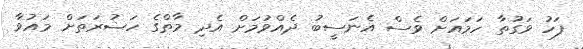
ފަހު ވަގުތާ ހަމައަށް ވެސް އެނަސީބު ދެއްވުމަށް އެދި މާތްގެ ހަޟުރަތަށް މައުވާ